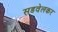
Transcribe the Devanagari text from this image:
सडवेलकर